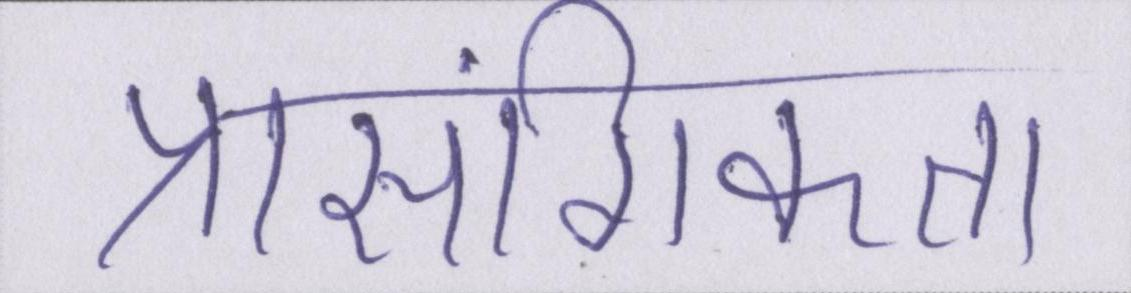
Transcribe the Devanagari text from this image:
प्रासंगिकता